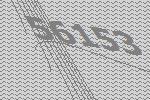
56153